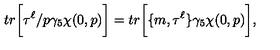
t r \bigg \lbrack \tau ^ { \ell } \slash p \gamma _ { 5 } \chi ( 0 , p ) \bigg \rbrack = t r \bigg \lbrack \lbrace m , \tau ^ { \ell } \rbrace \gamma _ { 5 } \chi ( 0 , p ) \bigg \rbrack ,